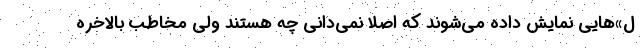
ل»هایی نمایش داده می‌شوند که اصلا نمی‌دانی چه هستند ولی مخاطب بالاخره